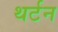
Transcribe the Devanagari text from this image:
थर्टन